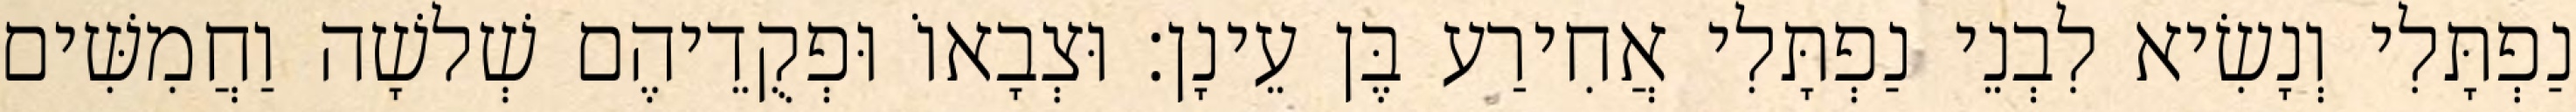
נַפְתָּלִי וְנָשִׂיא לִבְנֵי נַפְתָּלִי אֲחִירַע בֶּן עֵינָן׃ וּצְבָאוֹ וּפְקֻדֵיהֶם שְׁלשָׁה וַחֲמִשִּׁים